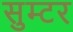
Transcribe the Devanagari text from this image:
सुम्टर